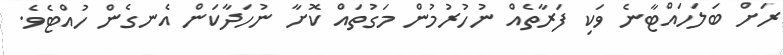
ރަށް ބަލަހައްޓާނެ ވަކި ފަރާތެއް ނުހުރުމުން މަގުތައް ކޮށާ ނުހަދާކަން އެނގެން ހުއްޓެވެ.